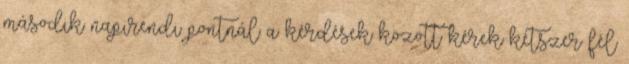
második napirendi pontnál a kérdések között kérek kétszer fél